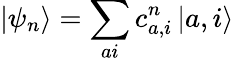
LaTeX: \left\vert\psi_{n}\right\rangle=\sum_{ai}c_{a,i}^{n}\left\vert a,i\right\rangle